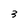
Character: 3